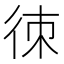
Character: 𢓣